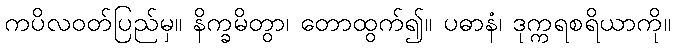
ကပိလဝတ်ပြည်မှ။ နိက္ခမိတွာ၊ တောထွက်၍။ ပဓာနံ၊ ဒုက္ကရစရိယာကို။